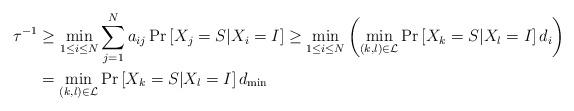
LaTeX: \begin{align*}\tau^{-1} & \geq\min_{1\leq i\leq N}\sum_{j=1}^{N}a_{ij}\Pr\left[X_{j}=S|X_{i}=I\right] \geq\min_{1\leq i\leq N}\left( \min_{\left(k,l\right) \in\mathcal{L}}\Pr\left[ X_{k}=S|X_{l}=I\right] d_{i}\right) \\& =\min_{\left( k,l\right) \in\mathcal{L}}\Pr\left[ X_{k}=S|X_{l}=I\right] d_{\min}\end{align*}